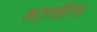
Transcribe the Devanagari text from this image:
अट्लांटिक